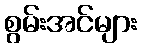
စွမ်းအင်များ